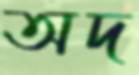
অদ